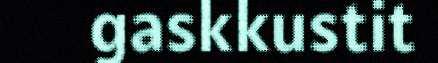
gaskkustit